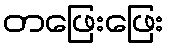
တဖြေးဖြေး